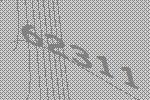
62311